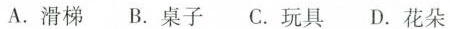
graph 5? A.滑梯 B.桌子 C.玩具 D.花朵